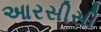
આરસીસી